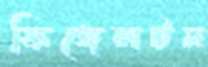
ফিঙ্গেলটন